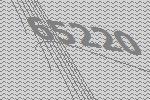
65220